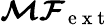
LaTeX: \boldsymbol{\mathcal{M}}\boldsymbol{\mathcal F}_{\mathrm{~e~x~t~}}